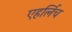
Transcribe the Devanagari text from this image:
एहर्लिच